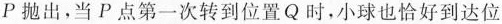
P抛出，当P点第一次转到位